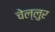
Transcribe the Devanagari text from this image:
चेल्लुर